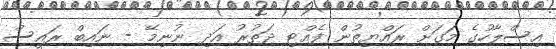
އިސްލާހުގެ މަގަށް ރައްޔިތުން ފެއްޓި ދަތުރު އަދި ނުނިމޭ - ނައިބް ރައީސް